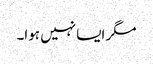
مگر ایسا نہیں ہوا۔